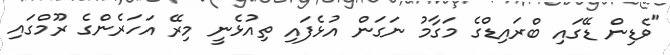
"ވެޑިން ޑޭގައި ބްރައިޑްގެ މަގާމު ނަގަން އުޅެފައި ތިއުޅެނީ މިރޭ އަހަރެންގެ ރޫމްގައި